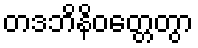
တဒဘိနိဝတ္တေတွာ